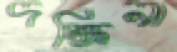
দক্ষিনা